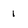
Character: 1